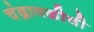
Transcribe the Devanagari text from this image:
चंद्रावळीची